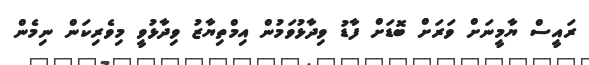
ރައީސް ޔާމީނަށް ވަރަށް ބޮޑަށް ފާޑު ވިދާޅުވަމުން އިމްތިޔާޒު ވިދާޅުވީ މިވެރިކަން ނިމެން